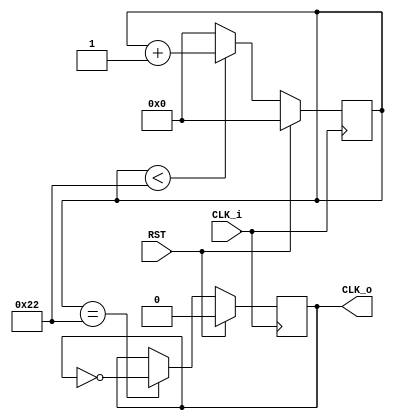
`timescale 1ns / 1ps
/**
 * Simple Pre-scaler Module
 *
 * Parameter description
 * I_freq     - Input frequency in Hz
 * O_freq     - Required output frequency in Hz
 *
 * Port description
 * CLK_i      - Input clock
 * RST        - Reset input (Synchronous, Active high for 1 clock)
 * CLK_o      - Clock output
 */
module prescaler #(parameter size = 10, parameter I_freq = 32000000, parameter O_freq = 460800)(
    input CLK_i,
    input RST,
    output CLK_o
    );
  reg [(size-1):0] Count;
  reg OutClk;
  reg [size:0] nCount;
  wire [32:0] zeros;
  
  assign CLK_o = OutClk;
  assign zeros = 0;
  
  always @(posedge CLK_i)
  begin
    if(RST == 1) begin
      Count <= 0;
      OutClk <= 0;
    end else begin
      nCount = Count + 1;
      Count <= (Count < (I_freq/O_freq/2))?nCount[(size-1):0]:zeros[(size-1):0];
      if(Count == (I_freq/O_freq/2))
        OutClk <= ~OutClk;
    end
  end
endmodule